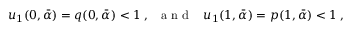
u _ { 1 } ( 0 , \bar { \alpha } ) = q ( 0 , \bar { \alpha } ) < 1 \; , \; \; { \mathrm { ~ a ~ n ~ d ~ } } \; \; \; u _ { 1 } ( 1 , \bar { \alpha } ) = p ( 1 , \bar { \alpha } ) < 1 \; ,